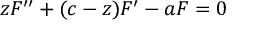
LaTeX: z F ^ { \prime \prime } + ( c - z ) F ^ { \prime } - a F = 0